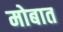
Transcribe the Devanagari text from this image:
मोबात